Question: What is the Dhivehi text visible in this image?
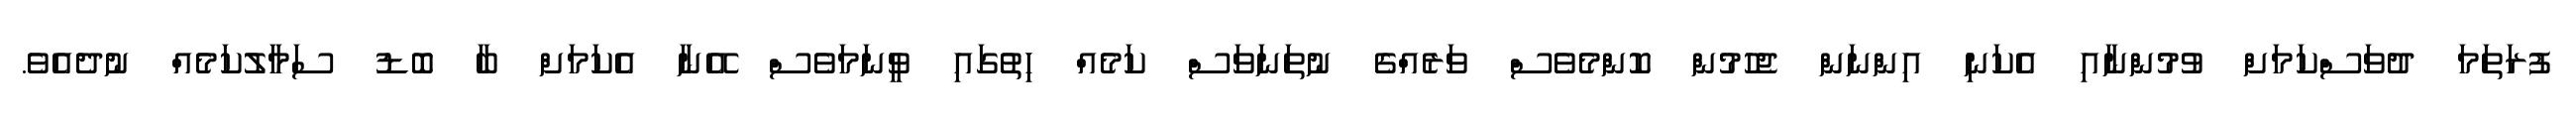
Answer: ފުރަތަމަ ދުވަސްކަމަށް ވުމުންނާއި އެކަނި އިންނަން ޖެހުމުން ކޮންމެވެސް ވަރެއްގެ ނުތަނަވަސް ކަމެއް ހިތުގައި ވީނަމަވެސް އޭނާ އެކަމަށް ބާ ބޮޑު ސަމާލުކަމެއް ނުދެއެވެ.